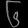
Digit: ၆